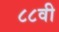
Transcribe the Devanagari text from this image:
८८वी